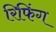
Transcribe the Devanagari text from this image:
रिफिंग